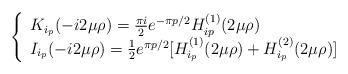
LaTeX: \begin{align*}\left\{ \begin{array}{ll} K_{i_p} (- i 2\mu\rho) = \frac{\pi i}{2} e^{- \pi p/2} H^{(1)}_{ip}(2 \mu \rho) &\\I_{i_p}( - i 2 \mu\rho) = \frac{1}{2} e^{\pi p/2}[H^{(1)}_{i_p}(2 \mu \rho) +H^{(2)}_{i_p}(2 \mu \rho)] \end{array} \right.\end{align*}